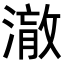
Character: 𭲋